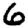
Digit: 6